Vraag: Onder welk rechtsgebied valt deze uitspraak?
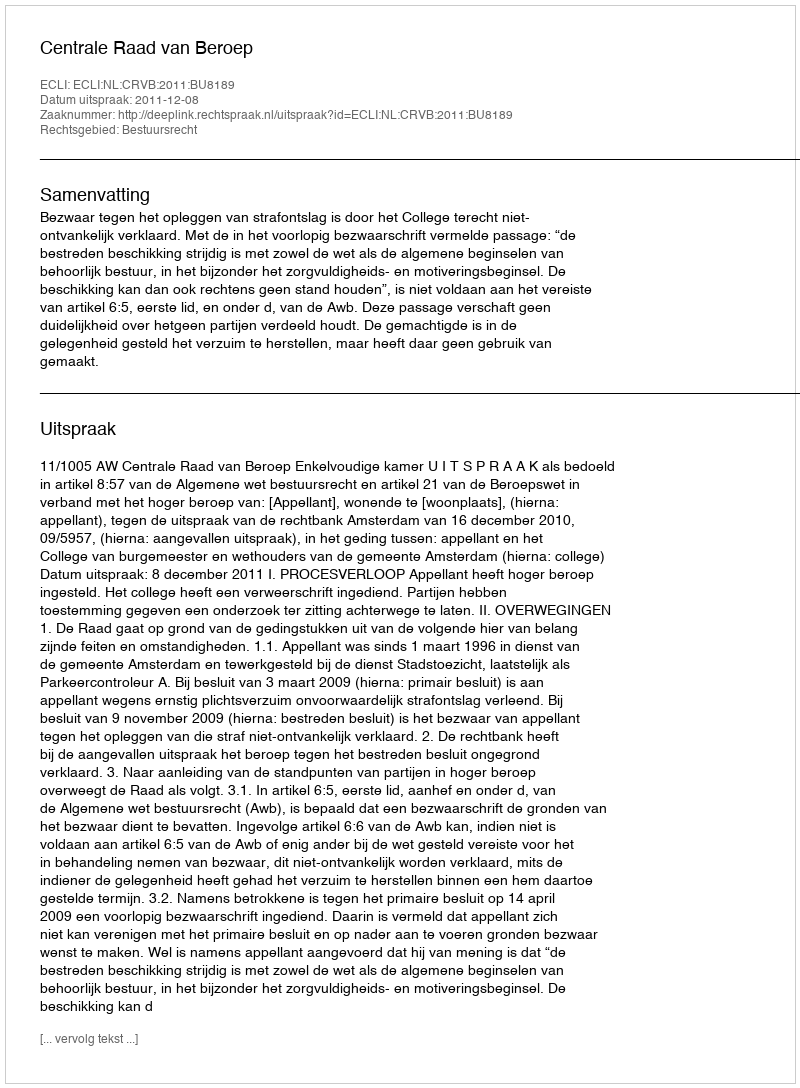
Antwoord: Bestuursrecht